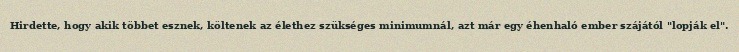
Hirdette, hogy akik többet esznek, költenek az élethez szükséges minimumnál, azt már egy éhenhaló ember szájától "lopják el".